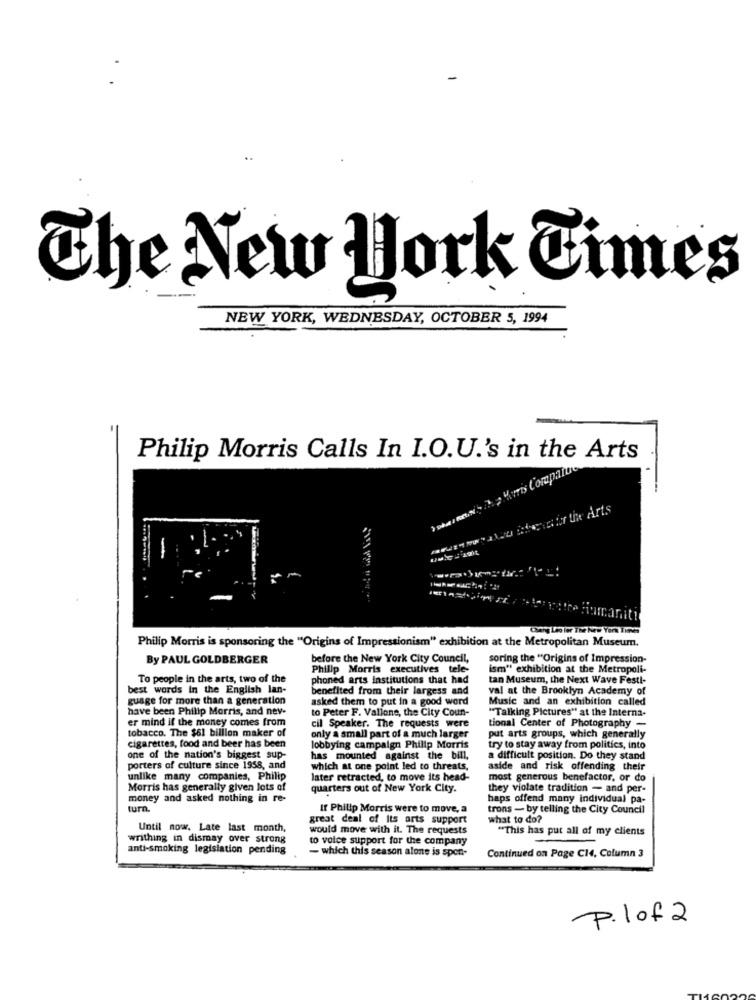
The New york Times
NEW YORK, WEDNESDAY, OCTOBER 5, 1994
Philip Morris Calls In I.O.U.'s in the Arts
-
Humanity
Chang Les ler The New York Times
Philip Morris is sponsoring the "Origins of Impressionism" exhibition at the Metropolitan Museum.
By PAUL GOLDBERGER
before the New York City Council,
soring the "Origins of Impression-
Philip Morris executives tele-
ism" exhibition at the Metropoli-
To people in the arts, two of the
phoned arts institutions that had
tan Museum, the Next Wave Festi-
best words In the English lan-
benefited from their largess and
val at the Brooklyn Academy of
guage for more than a generation
asked them to put in a good word
Music and an exhibition called
have been Philip Morris, and ney-
to Peter F. Vallone, the City Coun-
"Talking Pictures" at the Interna-
er mind if the money comes from
cil Speaker. The requests were
tobacco. The $61 billion maker of
tional Center of Photography -
only a small part of a much larger
put arts groups, which generally
cigarettes, food and beer has been
lobbying campaign Philip Morris
try to stay away from politics, into
one of the nation's biggest sup-
has mounted against the bill.
a difficult position. Do they stand
porters of culture since 1958, and
which at one point led to threats,
aside and risk offending their
unlike many companies, Philip
later retracted, to move its head-
most generous benefactor, or do
Morris has generally given lots of
quarters out of New York City.
they violate tradition - and per-
money and asked nothing in re-
haps offend many individual pa-
turn
If Philip Morris were to move, a
trons - by telling the City Council
great deal of Its arts support
what to do?
Until now. Late last month,
would move with it. The requests
"This has put all of my clients
writhing in dismay over strong
to voice support for the company
anti-smoking legislation pending
- which this season alone is spon-
Continued on Page C14, Column 3
P. 1of 2